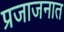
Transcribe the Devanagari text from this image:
प्रजाजनात